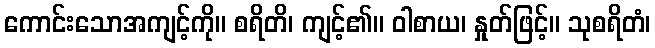
ကောင်းသောအကျင့်ကို။ စရိတိ၊ ကျင့်၏။ ဝါစာယ၊ နှုတ်ဖြင့်။ သုစရိတံ၊